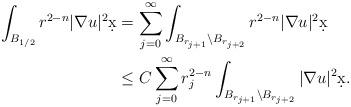
LaTeX: \begin{align*}\int_{B_{1/2}} r^{2-n} |\nabla u|^2 \d x &= \sum_{j = 0}^{\infty} \int_{B_{r_{j+1}} \setminus B_{r_{j+2}}} r^{2-n} |\nabla u|^2 \d x\\& \leq C \sum_{j = 0}^{\infty} r_j^{2-n} \int_{B_{r_{j+1}} \setminus B_{r_{j+2}}} |\nabla u|^2 \d x.\end{align*}